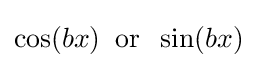
\cos(bx)\;\;\mathrm {or} \;\;\sin(bx)\!